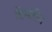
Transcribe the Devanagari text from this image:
हिमॅटीन